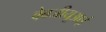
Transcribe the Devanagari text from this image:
वेबजीयूआई